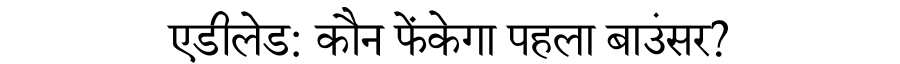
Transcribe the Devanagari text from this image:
एडीलेड: कौन फेंकेगा पहला बाउंसर?